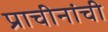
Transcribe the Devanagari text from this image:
प्राचीनांची